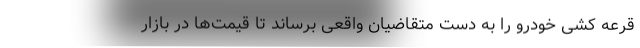
قرعه کشی خودرو را به دست متقاضیان واقعی برساند تا قیمت‌ها در بازار